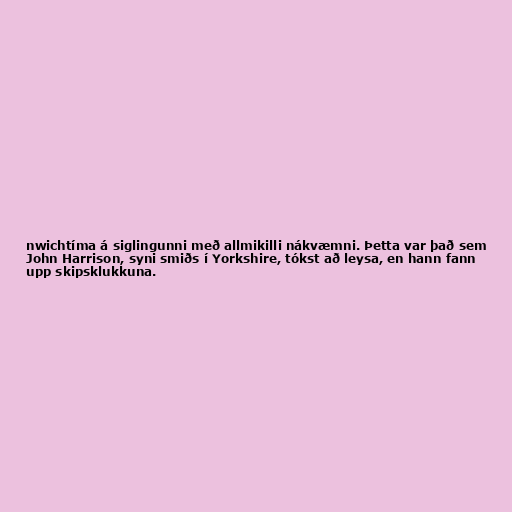
nwichtíma á siglingunni með allmikilli nákvæmni. Þetta var það sem
John Harrison, syni smiðs í Yorkshire, tókst að leysa, en hann fann
upp skipsklukkuna.